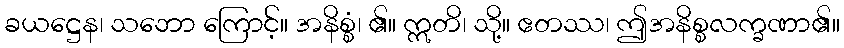
ခယဋ္ဌေန၊ သဘော ကြောင့်။ အနိစ္စံ၊ ၏။ ဣတိ၊ သို့။ ဧတဿ၊ ဤအနိစ္စလက္ခဏာ၏။